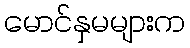
မောင်နှမများက